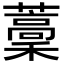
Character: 藳